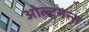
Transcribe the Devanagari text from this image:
ओल्ट्मन्स